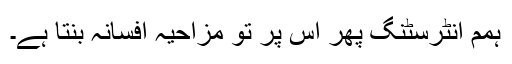
ہمم انٹرسٹنگ پھر اس پر تو مزاحیہ افسانہ بنتا ہے۔